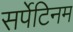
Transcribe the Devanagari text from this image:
सर्पेटिनम